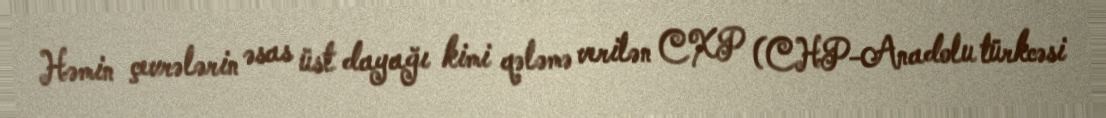
Həmin çevrələrin əsas üst dayağı kimi qələmə verilən CXP (CHP-Anadolu türkcəsi